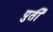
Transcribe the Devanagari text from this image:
पुर्ती